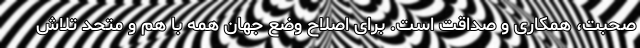
صحبت، همكاری و صداقت است. برای اصلاح وضع جهان همه با هم و متحد تلاش